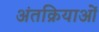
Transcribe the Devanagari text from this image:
अंतक्रियाओं